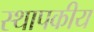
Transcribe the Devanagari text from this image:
स्थापकीय